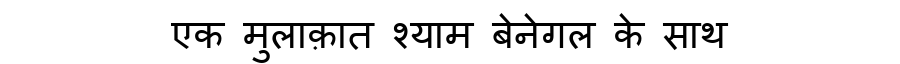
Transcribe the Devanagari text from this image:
एक मुलाक़ात श्याम बेनेगल के साथ